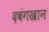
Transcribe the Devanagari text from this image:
दबंगखान